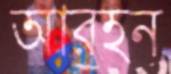
আরহন